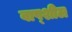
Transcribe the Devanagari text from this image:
वाष्शील